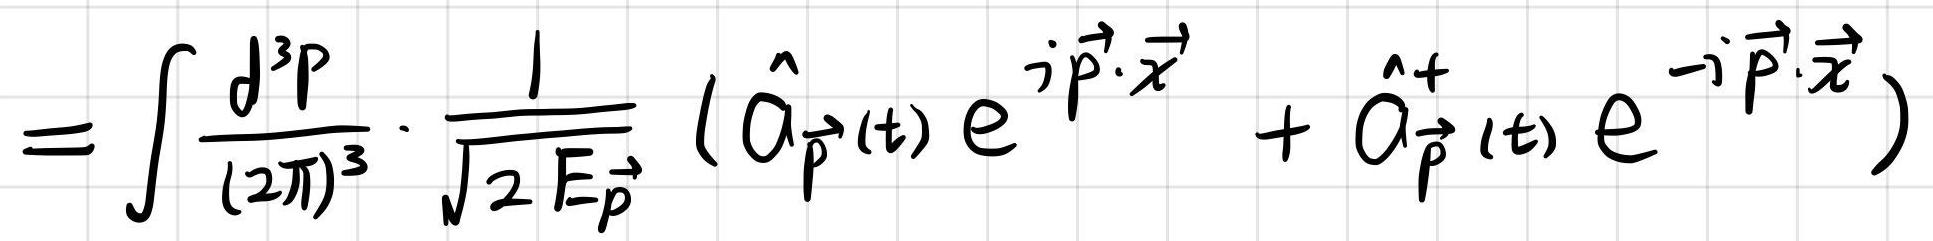
\[
= \int \frac{d^{3}p}{(2\pi)^{3}} \cdot \frac{1}{\sqrt{2 E_{\vec{p}}}} \left( \hat{a}_{\vec{p}}(t) e^{i \vec{p} \cdot \vec{x}} + \hat{a}_{\vec{p}}^{+}(t) e^{- i \vec{p} \cdot \vec{x}} \right)
\]